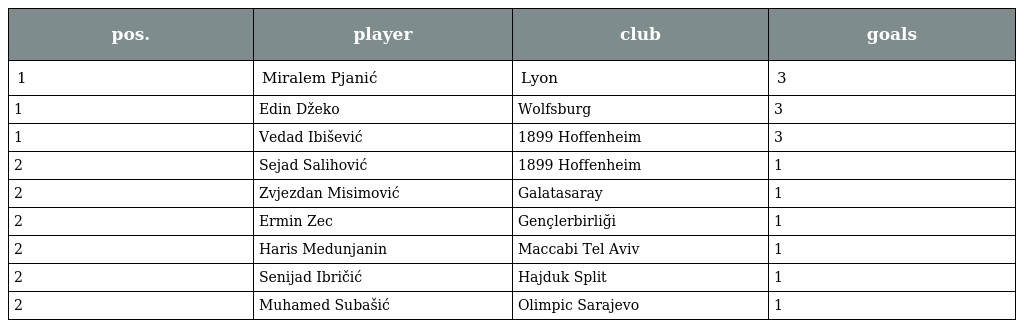
| pos. | player | club | goals |
 | --- | --- | --- | --- |
 | 1 | Miralem Pjanić | Lyon | 3 |
 | 1 | Edin Džeko | Wolfsburg | 3 |
 | 1 | Vedad Ibišević | 1899 Hoffenheim | 3 |
 | 2 | Sejad Salihović | 1899 Hoffenheim | 1 |
 | 2 | Zvjezdan Misimović | Galatasaray | 1 |
 | 2 | Ermin Zec | Gençlerbirliği | 1 |
 | 2 | Haris Medunjanin | Maccabi Tel Aviv | 1 |
 | 2 | Senijad Ibričić | Hajduk Split | 1 |
 | 2 | Muhamed Subašić | Olimpic Sarajevo | 1 |